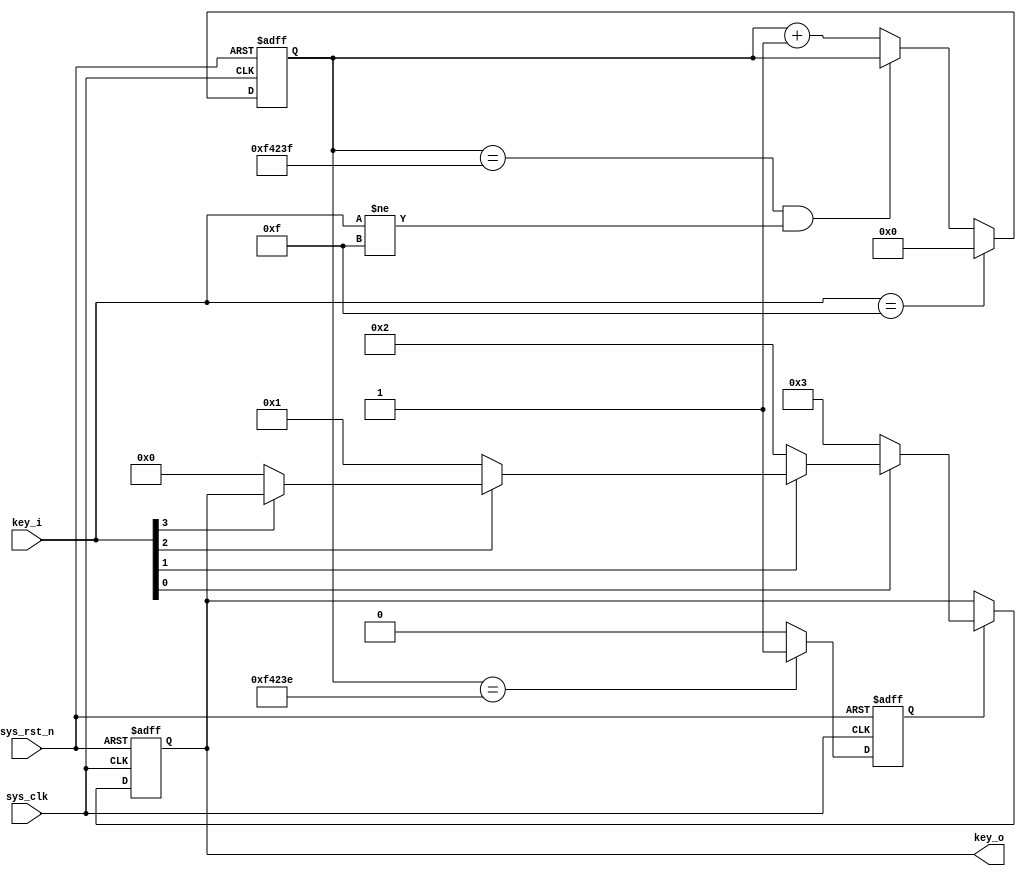
//,
module key(
    input   wire    sys_clk,
    input   wire    sys_rst_n,
    input   wire    [3:0]   key_i,
    output  reg     [3:0]   key_o
);

reg [19:0] cnt_20ms;
reg        key_flag;

localparam CNT_MAX = 20'd999_999;


always@(posedge sys_clk,negedge sys_rst_n) begin
    if(sys_rst_n == 1'b0)
        cnt_20ms <= 20'b0;
    else if(key_i == 4'b1111)
        cnt_20ms <= 20'b0;
    else if(cnt_20ms == CNT_MAX && key_i != 4'b1111) //
        cnt_20ms <= cnt_20ms;
    else 
        cnt_20ms <= cnt_20ms + 1;
end

always@(posedge sys_clk,negedge sys_rst_n)  begin
    if(sys_rst_n == 1'b0)
        key_flag <=1'b0;
    else if(cnt_20ms == CNT_MAX-1'b1)
        key_flag <=1'b1;
    else 
        key_flag <=1'b0;
end

always @(posedge sys_clk or negedge sys_rst_n) begin
    if(!sys_rst_n)
        key_o <= 4'b0;
    else if(key_flag) begin
        if(!key_i[0])
            key_o <= 4'd3;
        else if(!key_i[1])
            key_o <= 4'd2;
        else if(!key_i[2])
            key_o <= 4'd1;
        else if(!key_i[3])
            key_o <= 4'd0;
        else
            key_o <= key_o;
    end
end

endmodule